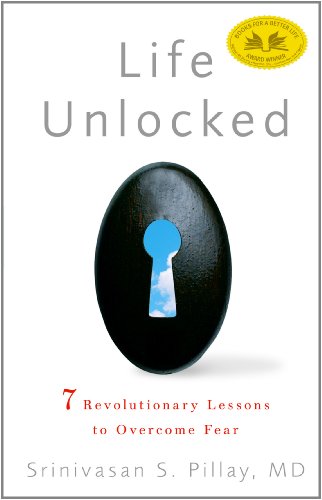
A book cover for Life Unlocked: 7 Revolutionary Lessons to Overcome Fear; Srinivasan S. Pillay  MD; Self-Help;